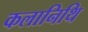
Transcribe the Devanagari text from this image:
कलानिथि